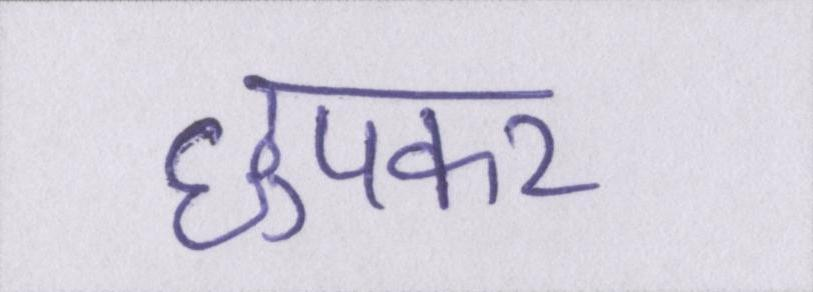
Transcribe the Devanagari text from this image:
छुपकर